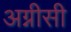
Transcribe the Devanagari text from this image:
अग्नीसी